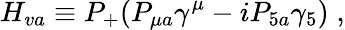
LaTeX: H_{va}\equiv P_{+}(P_{\mu a}\gamma^{\mu}-iP_{5a}\gamma_{5})\; ,